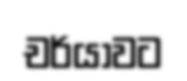
චර්යාවට